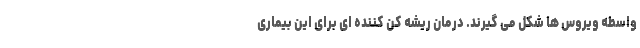
واسطه ویروس ها شکل می گیرند. درمان ریشه کن کننده ای برای این بیماری